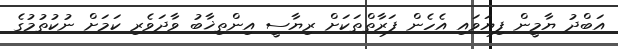
އަބްދު ޔާމީން ފިޔަވައި އެހެން ފަރާތްތަކަށް ރިޔާސީ އިންތިޚާބު ވާދަވެރި ކަމަށް ނުކުތުމުގެ